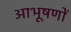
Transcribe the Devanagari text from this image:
आभूषणों